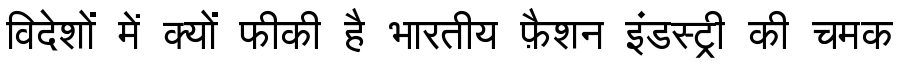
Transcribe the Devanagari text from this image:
विदेशों में क्यों फीकी है भारतीय फ़ैशन इंडस्ट्री की चमक